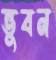
ভুবন